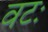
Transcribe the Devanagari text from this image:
वटः